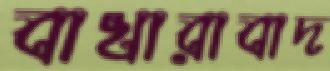
বাখারাবাদ